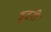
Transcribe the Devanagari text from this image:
हुदरी